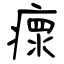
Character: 瘝